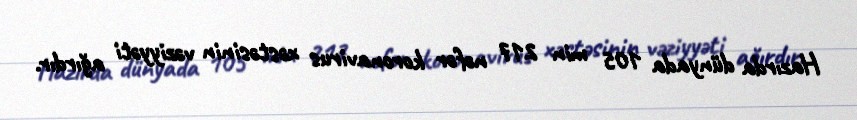
Hazırda dünyada 105 min 217 nəfər koronavirus xəstəsinin vəziyyəti ağırdır.